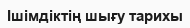
Ішімдіктің шығу тарихы